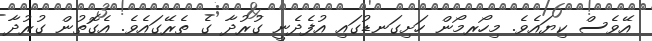
އޭވެސް ކިޔައެވެ. މިހޯރމޯން ހަށިގަނޑުގައި އުފެދެނީ ގުރުދާ ގެ ތެރޭގައެވެ. އެގޮތުން ގުރުދާ